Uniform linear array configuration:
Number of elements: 16
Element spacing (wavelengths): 0.25
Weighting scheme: binomial
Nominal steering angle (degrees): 30
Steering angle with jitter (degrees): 29.872
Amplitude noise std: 0.05
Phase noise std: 0.05

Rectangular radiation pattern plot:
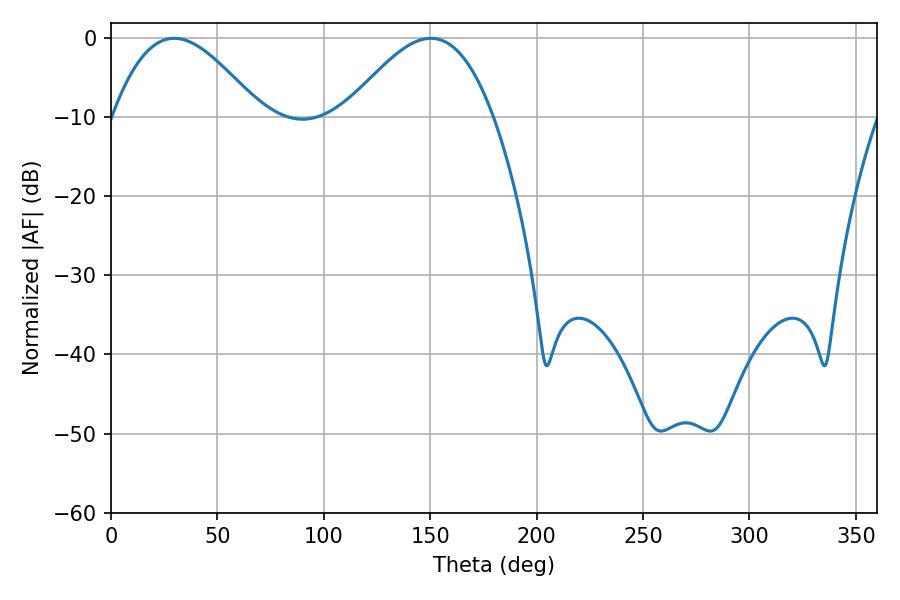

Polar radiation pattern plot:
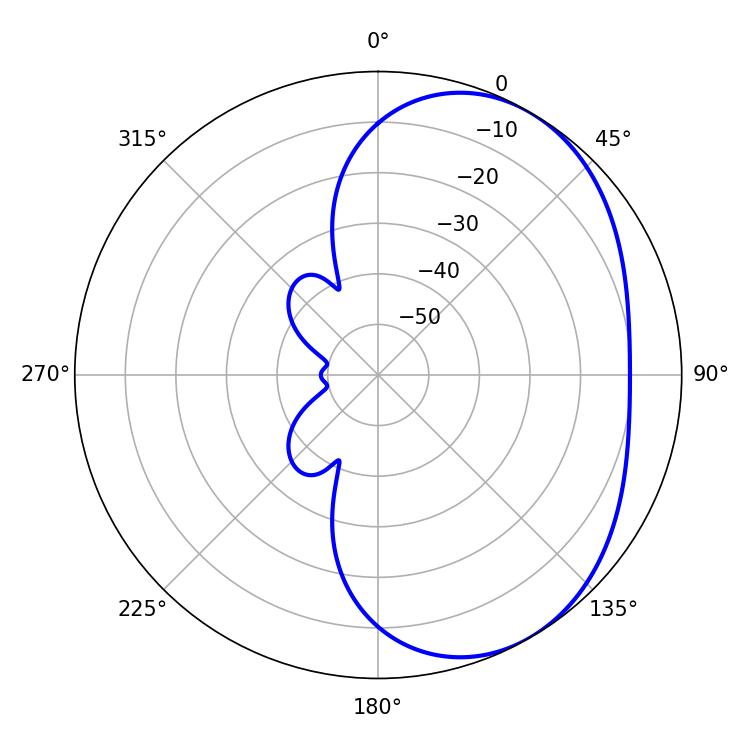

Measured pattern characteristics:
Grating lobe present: FALSE
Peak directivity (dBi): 3.948
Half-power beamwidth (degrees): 37.26
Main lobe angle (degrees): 29.7